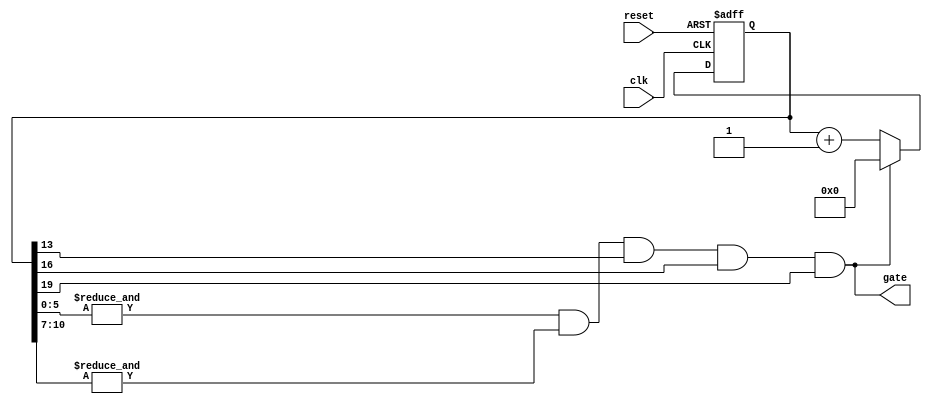
`timescale 1ns / 1ps

module clk_divider(gate, clk, reset);
    input clk, reset;
    output gate;
    reg [19:0] Q;
    
    assign gate = (&Q[5:0]) & (&Q[10:7]) & Q[13] & Q[16] & Q[19]; 
    
    always @ (posedge reset or posedge clk) begin
        if (reset == 1'b1) Q <= 0;
        else if (gate == 1'b1) Q <= 0;
        else Q <= Q + 1;
    end
endmodule